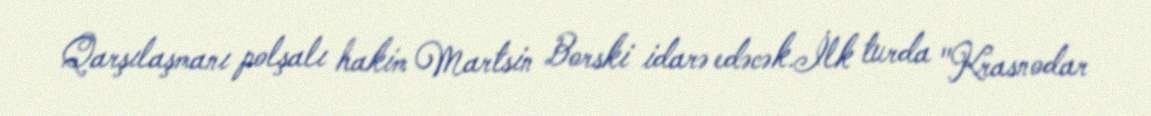
Qarşılaşmanı polşalı hakim Martsin Borski idarə edəcək.İlk turda "Krasnodar